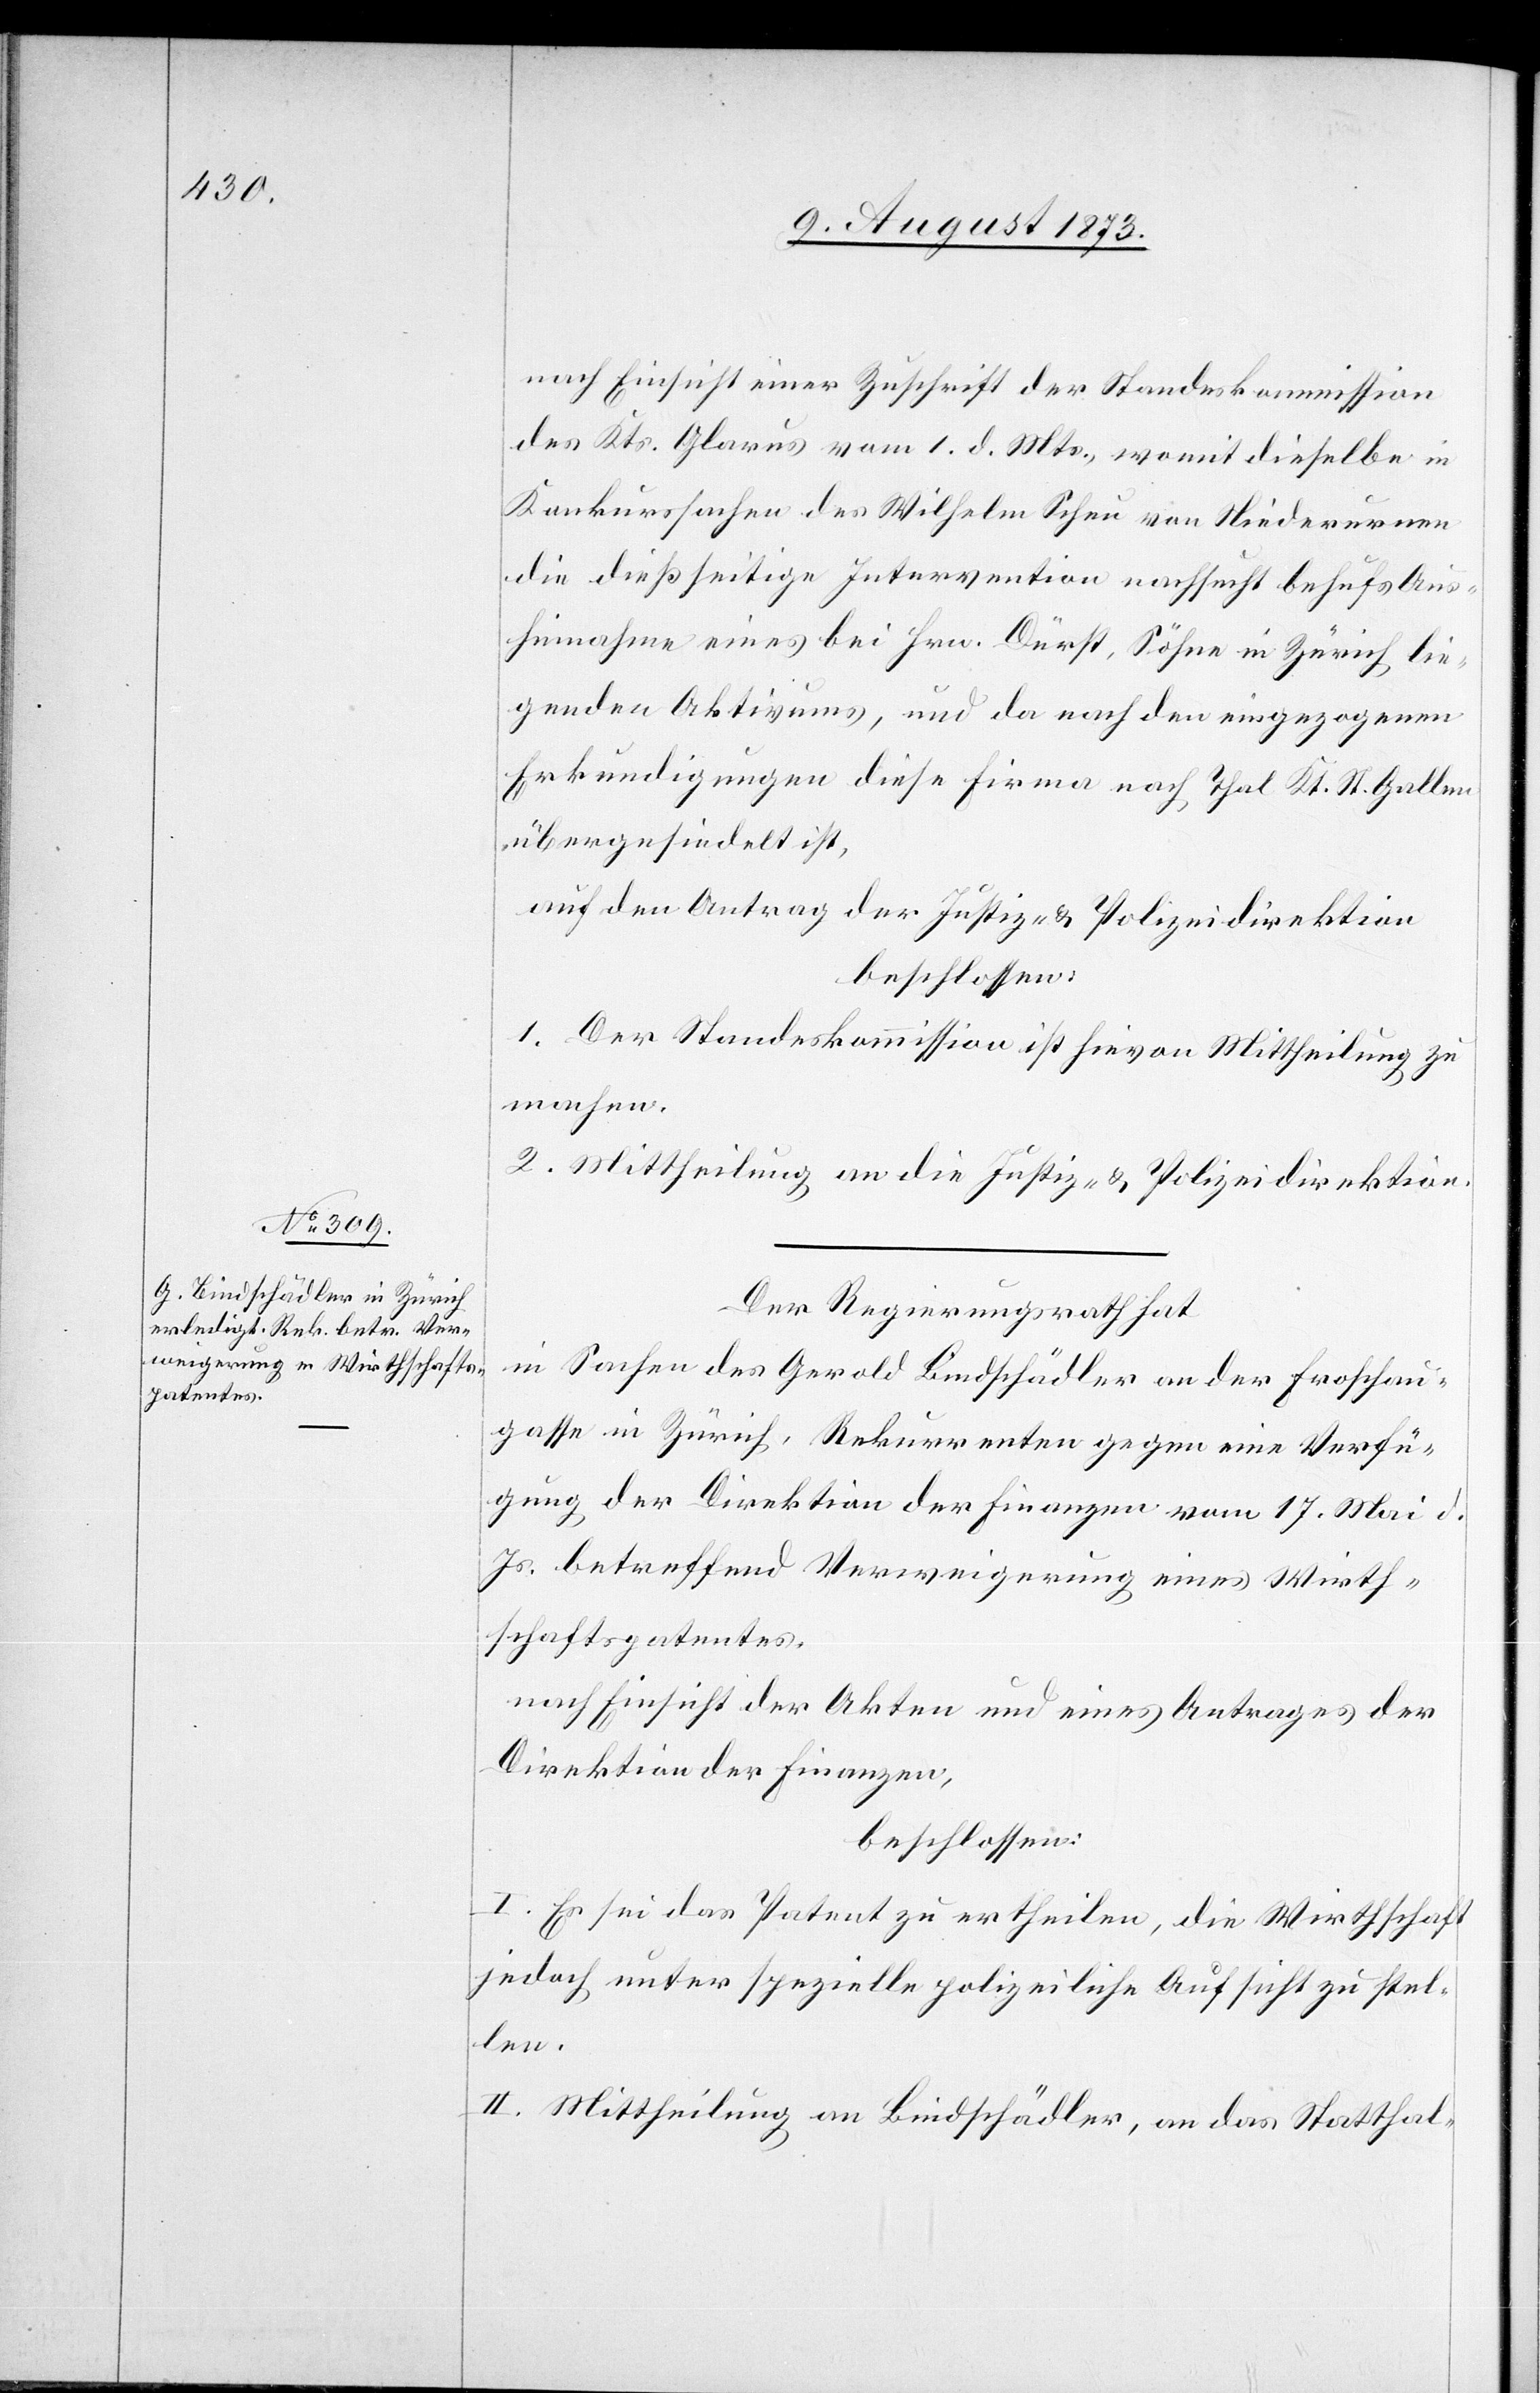
nach Einsicht einer Zuschrift der Standeskommmission
des Kts. Glarus vom 1. d. Mts., womit dieselbe in
Konkurssachen des Wilhelm Scheu von Niederurnen
die dießseitige Intervention nachsucht behufs Aus¬
hinnahme eines bei Hrn. Dürst, Söhne in Zürich lie¬
genden Aktivums, und da nach den eingezogenen
Erkundigungen diese Firma nach Thal Kt. St. Gallen
übergesiedelt ist,
auf den Antrag der Justiz- & Polizeidirektion
beschlossen:
1. Der Standeskommission ist hievon Mittheilung zu
machen.
2. Mittheilung an die Justiz- & Polizeidirektion.
Der Regierungsrath hat
in Sachen des Gerold Bindschädler an der Froschau¬
gasse in Zürich, Rekurrenten gegen eine Verfü¬
gung der Direktion der Finanzen vom 17. Mai d.
Js. betreffend Verweigerung eines Wirth¬
schaftspatentes,
nach Einsicht der Akten und eines Antrages der
Direktion der Finanzen,
beschlossen:
I. Es sei das Patent zu ertheilen, die Wirthschaft
jedoch unter spezielle polizeiliche Aufsicht zu stel¬
len.
II. Mittheilung an Bindschädler, an das Statthal-